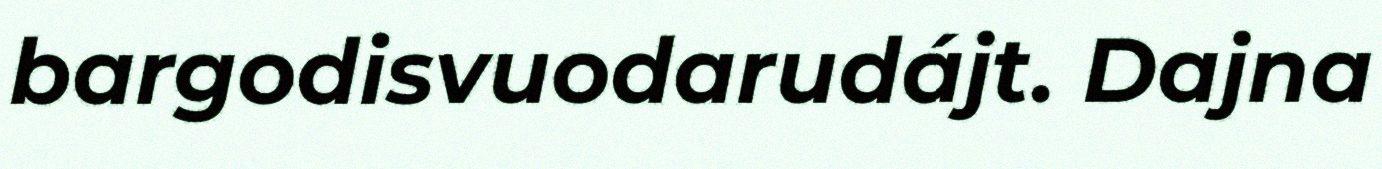
bargodisvuodarudájt. Dajna